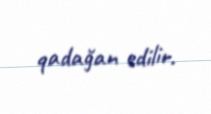
qadağan edilir.